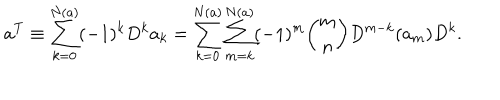
a ^ { T } \equiv \sum _ { k = 0 } ^ { N ( a ) } ( - 1 ) ^ { k } D ^ { k } a _ { k } = \sum _ { k = 0 } ^ { N ( a ) } \sum _ { m = k } ^ { N ( a ) } ( - 1 ) ^ { m } { \binom { m } { n } } D ^ { m - k } ( a _ { m } ) D ^ { k } .